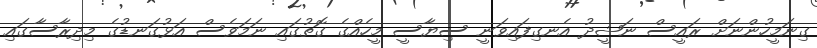
ގިނަމީހުންނަށް ރައީސް ނަޝީދު އެނގިފައިވަނީ ސިޔާސީ މީހެއްގެ ގޮތުގައި ނަމަވެސް އަޅުގަނޑުގެ މިދިރާސާގައި